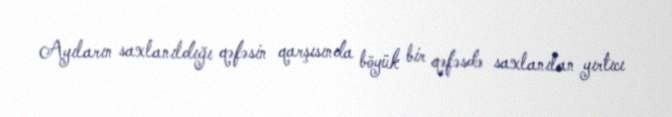
Ayıların saxlanıldığı qəfəsin qarşısında böyük bir qəfəsdə saxlanılan yırtıcı